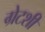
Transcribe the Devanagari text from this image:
ग्रेटशी